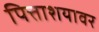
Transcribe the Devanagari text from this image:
पित्ताशयावर